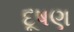
દૂષણ